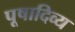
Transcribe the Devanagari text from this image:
पूषादिव्य